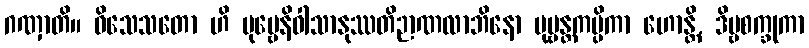
ဂဏှာတိ။ ဝိသေသတော ဟိ ပုဗ္ဗေနိဝါသာနုဿတိဉာဏလာဘိနော ပုဗ္ဗန္တကပ္ပိကာ ဟောန္တိ, ဒိဗ္ဗစက္ခုကာ